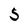
Character: 5